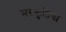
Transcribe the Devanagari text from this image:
मरचुलिया